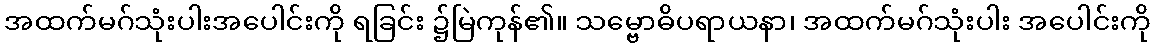
အထက်မဂ်သုံးပါးအပေါင်းကို ရခြင်း ၌မြဲကုန်၏။ သမ္ဗောဓိပရာယနာ၊ အထက်မဂ်သုံးပါး အပေါင်းကို